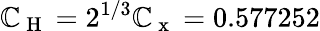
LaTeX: \mathbb{C}_{\mathrm{{~H~}}}=2^{1/3}\mathbb{C}_{\mathrm{{~x~}}}=0.577252